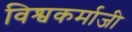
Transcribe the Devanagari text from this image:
विश्वकर्माजी